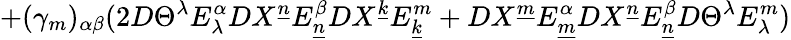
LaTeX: +(\gamma_{m})_{\alpha\beta}(2D\Theta^{\lambda}E_{\lambda}^{\alpha}DX^{\underline{{{n}}}}E_{\underline{{{n}}}}^{\beta}DX^{\underline{{{k}}}}E_{\underline{{{k}}}}^{m}+DX^{\underline{{{m}}}}E_{\underline{{{m}}}}^{\alpha}DX^{\underline{{{n}}}}E_{\underline{{{n}}}}^{\beta}D\Theta^{\lambda}E_{\lambda}^{m})